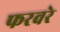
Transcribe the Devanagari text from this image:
फरवरे